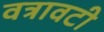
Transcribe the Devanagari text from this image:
वत्रावटी